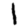
Digit: 1